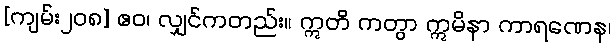
[ကျမ်း၂၀၈] ဧဝ၊ လျှင်ကတည်း။ ဣတိ ကတွာ ဣမိနာ ကာရဏေန၊